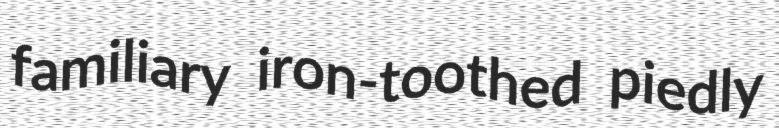
familiary iron-toothed piedly